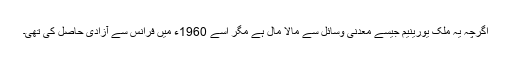
اگرچہ یہ ملک یورینیم جیسے معدنی وسائل سے مالا مال ہے مگر اسے 1960ء میں فرانس سے آزادی حاصل کی تھی۔